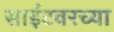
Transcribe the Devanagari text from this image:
साईटवरच्या